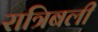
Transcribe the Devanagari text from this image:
रात्रिबली